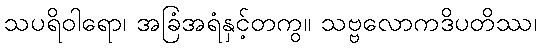
သပရိဝါရော၊ အခြံအရံနှင့်တကွ။ သဗ္ဗလောကဒိပတိဿ၊